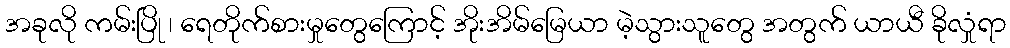
အခုလို ကမ်းပြို ၊ ရေတိုက်စားမှုတွေကြောင့် အိုးအိမ်မြေယာ မဲ့သွားသူတွေ အတွက် ယာယီ ခိုလှုံရာ